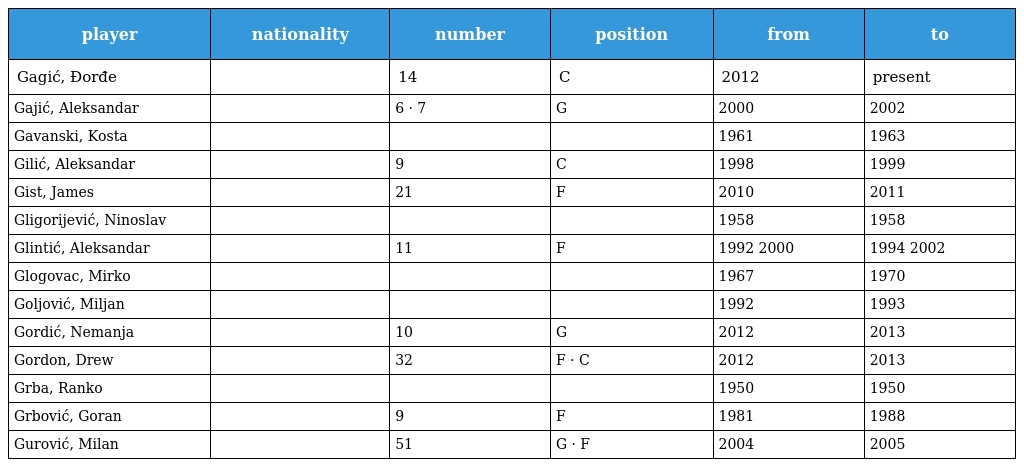
| player | nationality | number | position | from | to |
 | --- | --- | --- | --- | --- | --- |
 | Gagić, Đorđe |  | 14 | C | 2012 | present |
 | Gajić, Aleksandar |  | 6 · 7 | G | 2000 | 2002 |
 | Gavanski, Kosta |  |  |  | 1961 | 1963 |
 | Gilić, Aleksandar |  | 9 | C | 1998 | 1999 |
 | Gist, James |  | 21 | F | 2010 | 2011 |
 | Gligorijević, Ninoslav |  |  |  | 1958 | 1958 |
 | Glintić, Aleksandar |  | 11 | F | 1992 2000 | 1994 2002 |
 | Glogovac, Mirko |  |  |  | 1967 | 1970 |
 | Goljović, Miljan |  |  |  | 1992 | 1993 |
 | Gordić, Nemanja |  | 10 | G | 2012 | 2013 |
 | Gordon, Drew |  | 32 | F · C | 2012 | 2013 |
 | Grba, Ranko |  |  |  | 1950 | 1950 |
 | Grbović, Goran |  | 9 | F | 1981 | 1988 |
 | Gurović, Milan |  | 51 | G · F | 2004 | 2005 |